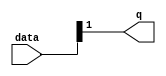
module  acl_fp_add_sub_fast_altpriority_encoder_3v7
	( 
	data,
	q) ;
	input   [1:0]  data;
	output   [0:0]  q;
	assign
		q = {data[1]};
endmodule